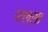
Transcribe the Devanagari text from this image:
वाल्सा